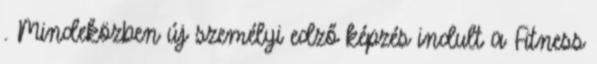
. Mindeközben új személyi edző képzés indult a Fitness